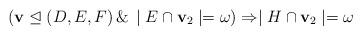
LaTeX: \begin{align*}(\mathbf{v} \mathrel{\trianglelefteq} (D,E,F)\, \&\, \mid E \cap \mathbf{v}_2\mid = \omega) \Rightarrow \mid H \cap \mathbf{v}_2\mid = \omega\end{align*}